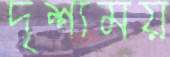
দৃশ্যময়